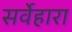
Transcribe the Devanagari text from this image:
सर्वेहारा